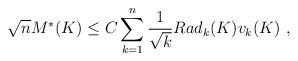
LaTeX: \begin{align*} \sqrt{n} M^*(K) \leq C \sum_{k=1}^n \frac{1}{\sqrt{k}} Rad_k(K) v_k(K) ~,\end{align*}